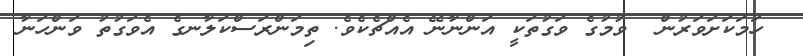
ހަމަކަށަވަރުން  ވުމުގެ ވަގުތަކީ އަންނާނޭ އެއްޗެކެވެ. ތިމަންރަސްކަލާނގެ އެވަގުތު ވަންހަނާ